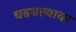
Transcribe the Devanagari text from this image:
चढवल्यावर